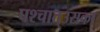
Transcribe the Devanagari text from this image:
पश्‍चात्‌उसका